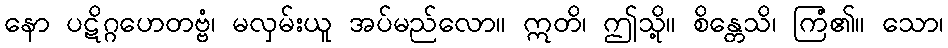
နော ပဋိဂ္ဂဟေတဗ္ဗံ၊ မလှမ်းယူ အပ်မည်လော။ ဣတိ၊ ဤသို့။ စိန္တေသိ၊ ကြံ၏။ သော၊